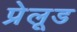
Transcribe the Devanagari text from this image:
प्रेलूड